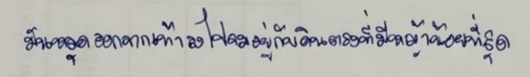
มันหลุดออกจากเท้าลงไปจมอยู่กับดินตรงที่มีหญ้าน้อยที่สุด